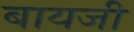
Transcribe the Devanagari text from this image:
बायजी